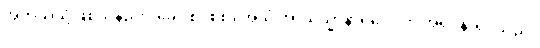
အဘယ်သို့ဖြစ်သနည်း။ ခေါ၊ စင်စစ်။ အယံ အာယသ္မာနာရဒေါ၊ ဤအရှင်နာရဒသည်။